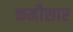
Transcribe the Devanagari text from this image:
कमीसार